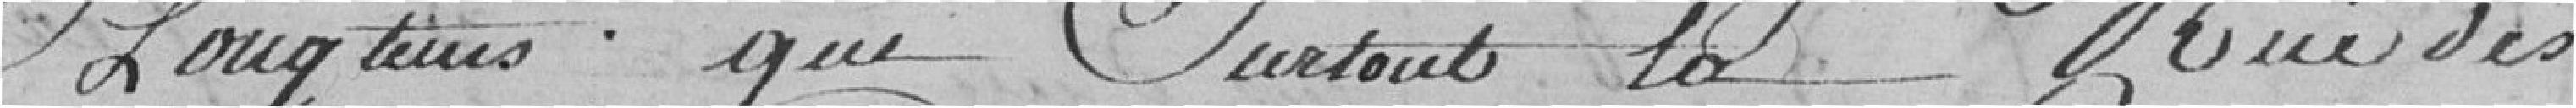
longtemps, que surtout la rue des